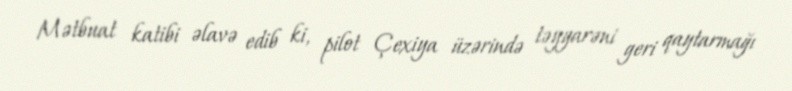
Mətbuat katibi əlavə edib ki, pilot Çexiya üzərində təyyarəni geri qaytarmağı